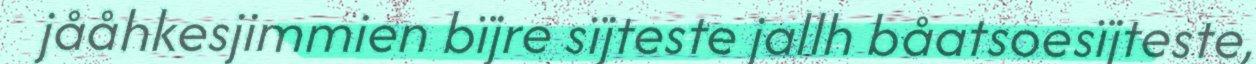
jååhkesjimmien bïjre sïjteste jallh båatsoesïjteste,